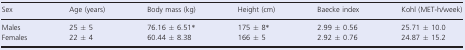
<table><thead><tr><td><b>Sex</b></td><td><b>Age (years)</b></td><td><b>Body mass (kg)</b></td><td><b>Height (cm)</b></td><td><b>Baecke index</b></td><td><b>Kohl (MET‐h/week)</b></td></tr></thead><tbody><tr><td>Males</td><td>25 ± 5</td><td>76.16 ± 6.51<sup>*</sup></td><td>175 ± 8<sup>*</sup></td><td>2.99 ± 0.56</td><td>25.71 ± 10.0</td></tr><tr><td>Females</td><td>22 ± 4</td><td>60.44 ± 8.38</td><td>166 ± 5</td><td>2.92 ± 0.76</td><td>24.87 ± 15.2</td></tr></tbody></table>